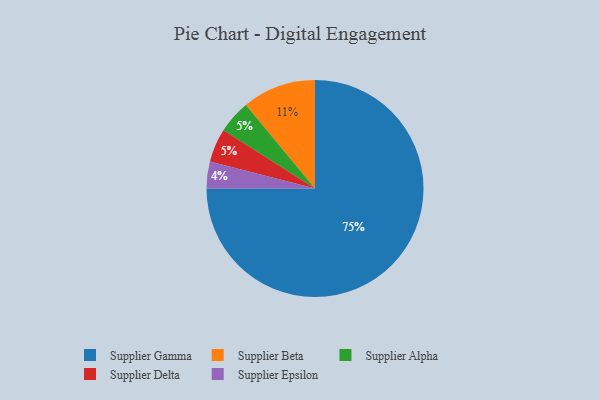
{"axis": {"x": "Category", "y": "Percentage"}, "legend": ["Supplier Alpha", "Supplier Beta", "Supplier Delta", "Supplier Epsilon", "Supplier Gamma"], "data": [{"x": "Supplier Beta", "y": 11, "type": "Supplier Beta"}, {"x": "Supplier Gamma", "y": 75, "type": "Supplier Gamma"}, {"x": "Supplier Alpha", "y": 5, "type": "Supplier Alpha"}, {"x": "Supplier Delta", "y": 5, "type": "Supplier Delta"}, {"x": "Supplier Epsilon", "y": 4, "type": "Supplier Epsilon"}]}